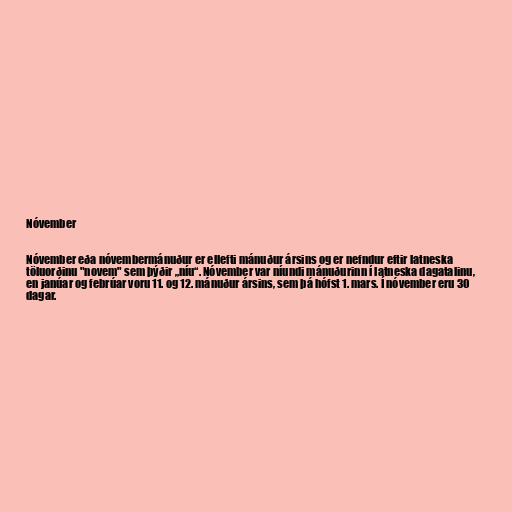
Nóvember

Nóvember eða nóvembermánuður er ellefti mánuður ársins og er nefndur eftir latneska
töluorðinu "novem" sem þýðir „níu“. Nóvember var níundi mánuðurinn í latneska dagatalinu,
en janúar og febrúar voru 11. og 12. mánuður ársins, sem þá hófst 1. mars. Í nóvember eru 30
dagar.